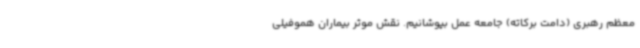
معظم رهبری (دامت برکاته) جامعه عمل بپوشانیم. نقش موثر بیماران هموفیلی